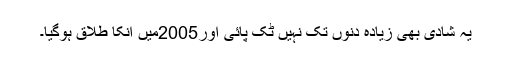
یہ شادی بھی زیادہ دنوں تک نہیں ٹک پائی اور2005میں انکا طلاق ہوگیا۔